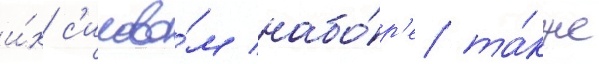
и́х с'илово́м набо́р'е та́кже